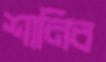
শানিব